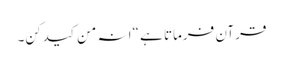
قرآن فرماتا ہے “انہ من کیدکن۔